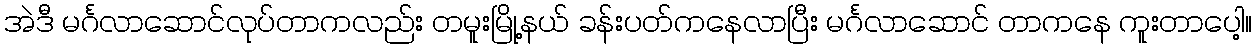
အဲဒီ မင်္ဂလာဆောင်လုပ်တာကလည်း တမူးမြို့နယ် ခန်းပတ်ကနေလာပြီး မင်္ဂလာဆောင် တာကနေ ကူးတာပေါ့။